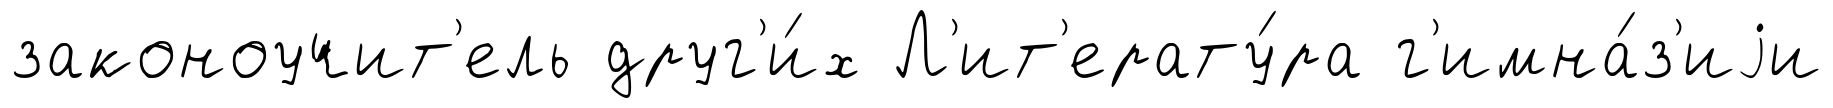
законоучит'ель друг'и́х Л'ит'ерату́ра г'имна́з'иjи